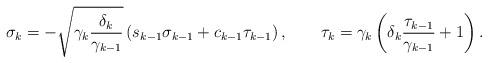
LaTeX: \begin{align*}\sigma_{k}=-\sqrt{\gamma_{k}\frac{\delta_{k}}{\gamma_{k-1}}}\left(s_{k-1}\sigma_{k-1}+c_{k-1}\tau_{k-1}\right),\qquad\tau_{k}=\gamma_{k}\left(\delta_{k}\frac{\tau_{k-1}}{\gamma_{k-1}}+1\right).\end{align*}